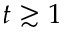
t \gtrsim 1